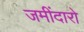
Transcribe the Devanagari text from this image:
जमींदारो